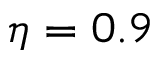
\eta = 0 . 9